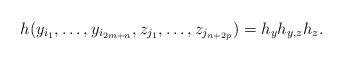
LaTeX: \begin{align*}h(y_{i_1},\dots,y_{i_{2m+n}},z_{j_1},\dots, z_{j_{n+2p}})=h_y h_{y,z} h_z.\end{align*}